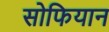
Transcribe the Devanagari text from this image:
सोफियान